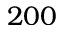
2 0 0